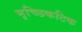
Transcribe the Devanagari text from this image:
मृच्छिकटिक